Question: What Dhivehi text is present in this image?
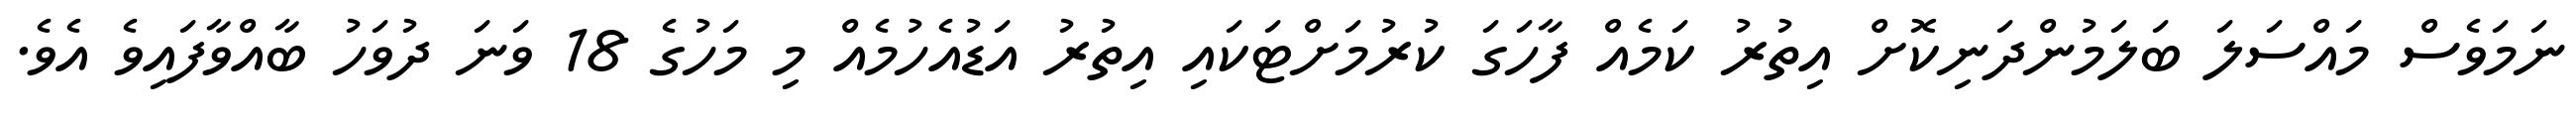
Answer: ނަމަވެސް މައްސަލަ ބަލަމުންދަނިކޮށް އިތުރު ކަމެއް ފާހަގަ ކުރުމަށްޓަކައި އިތުރު އަޑުއެހުމެއް މި މަހުގެ 18 ވަނަ ދުވަހު ބާއްވާފައިވެ އެވެ.